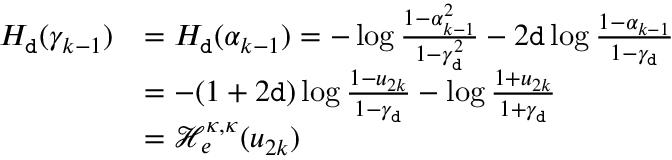
\begin{array} { r l } { H _ { \tt d } ( \gamma _ { k - 1 } ) } & { = H _ { \tt d } ( \alpha _ { k - 1 } ) = - \log \frac { 1 - \alpha _ { k - 1 } ^ { 2 } } { 1 - \gamma _ { \tt d } ^ { 2 } } - 2 { \tt d } \log \frac { 1 - \alpha _ { k - 1 } } { 1 - \gamma _ { \tt d } } } \\ & { = - ( 1 + 2 { \tt d } ) \log \frac { 1 - u _ { 2 k } } { 1 - \gamma _ { \tt d } } - \log \frac { 1 + u _ { 2 k } } { 1 + \gamma _ { \tt d } } } \\ & { = \mathcal H _ { e } ^ { \kappa , \kappa } ( u _ { 2 k } ) } \end{array}